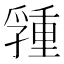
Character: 𡦢